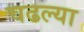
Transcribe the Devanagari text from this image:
चढल्या